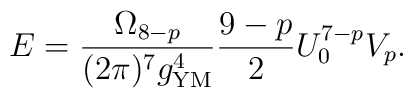
E= \frac{\Omega_{8-p}}{(2\pi)^7 g^4_{\rm YM}}\frac{9-p}{2}U_0^{7-p}V_p.